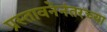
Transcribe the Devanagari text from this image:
प्रस्तावनेनंतरच्या